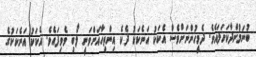
ބުނަމުންދާކަހަލައެވެ. ދެމީހުންނަށްވެސް އެކަކު އަނެކަކު ދެކެ އިންތިހާއަށްވަނީ ލޯބި ވެވިފައެވެ. އެކަކު އަނެކަކުގެ